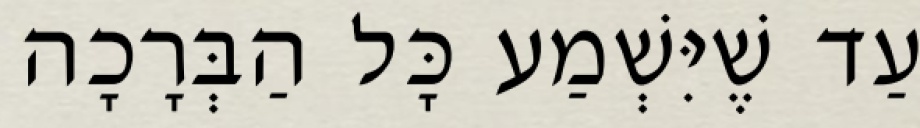
עַד שֶׁיִּשְׁמַע כָּל הַבְּרָכָה